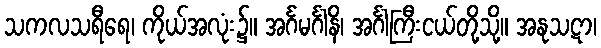
သကလသရီရေ၊ ကိုယ်အလုံး၌။ အင်္ဂမင်္ဂါနိ၊ အင်္ဂါကြီးငယ်တို့သို့။ အနုသဋာ၊